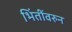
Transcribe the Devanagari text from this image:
भिंतींवरुन